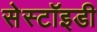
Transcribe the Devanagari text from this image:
सेस्टॉइडी